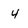
Character: 4